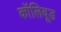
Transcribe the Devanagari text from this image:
कॉलिवूड